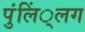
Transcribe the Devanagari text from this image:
पुंलिं्लग